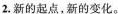
2.新的起点，新的变化。